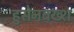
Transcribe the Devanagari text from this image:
हुसेनबख्श